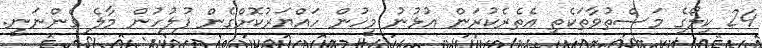
24 ކިލޯގެ މަސްތުވާތަކެތި އެތެރެކުރަން އުޅުނު މީހުން ހައްޔަރުކޮށްގެން ފުލުހުން މާލެ ގެންނަނީ.